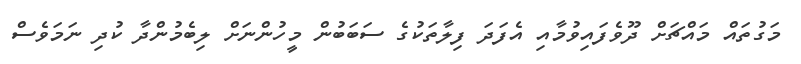
މަގުތައް މައްޗަށް ދޫވެފައިވުމާއި އެފަދަ ފިލާތަކުގެ ސަބަބުން މީހުންނަށް ލިބެމުންދާ ކުދި ނަމަވެސް